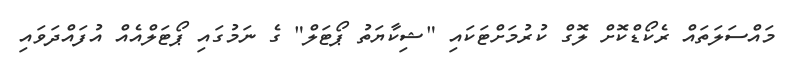
މައްސަލަތައް ރެކޯޑްކޮށް ލޮގް ކުރުމަށްޓަކައި "ޝިކާޔަތު ޕޯޓަލް" ގެ ނަމުގައި ޕޯޓަލްއެއް އުފައްދަވައި